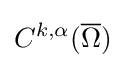
C^{k,\alpha }({\overline {\Omega }})